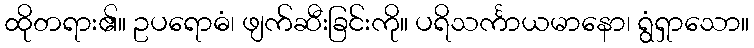
ထိုတရား၏။ ဥပရောဓံ၊ ဖျက်ဆီးခြင်းကို။ ပရိသင်္ကာယမာနော၊ ရွံရှာသော။